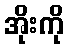
အိုးကို